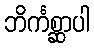
ဘိင်္ကစ္ဆာပါ